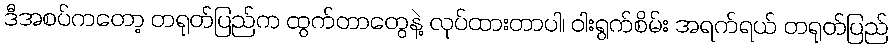
ဒီအစပ်ကတော့ တရုတ်ပြည်က ထွက်တာတွေနဲ့ လုပ်ထားတာပါ၊ ဝါးရွက်စိမ်း အရက်ရယ် တရုတ်ပြည်